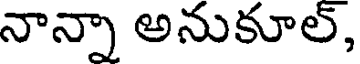
నాన్నా అనుకూల్,